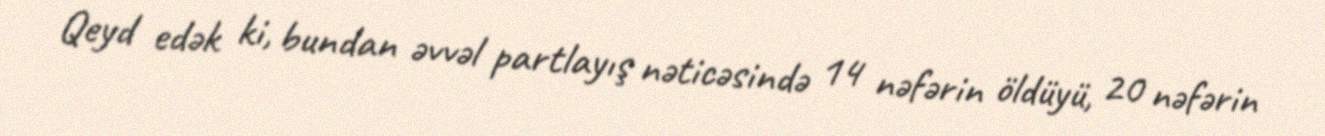
Qeyd edək ki, bundan əvvəl partlayış nəticəsində 14 nəfərin öldüyü, 20 nəfərin